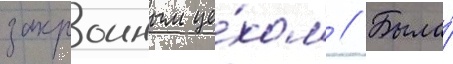
закроиным це́хом // Была́